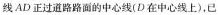
线AD正过道路路面的中心线(D在中心线上)，已